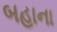
બહાના